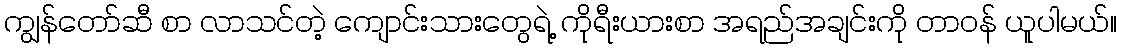
ကျွန်တော်ဆီ စာ လာသင်တဲ့ ကျောင်းသားတွေရဲ့ ကိုရီးယားစာ အရည်အချင်းကို တာဝန် ယူပါမယ်။